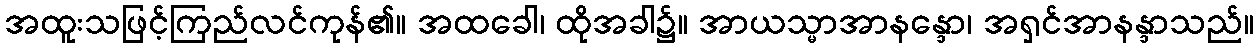
အထူးသဖြင့်ကြည်လင်ကုန်၏။ အထခေါ၊ ထိုအခါ၌။ အာယသ္မာအာနန္ဒော၊ အရှင်အာနန္ဒာသည်။